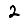
Digit: 2